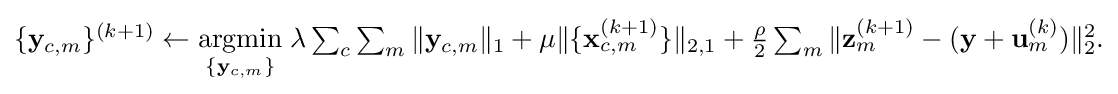
{\textstyle \{\mathbf {y} _{c,m}\}^{(k+1)}\gets {\underset {\{\mathbf {y} _{c,m}\}}{\text{argmin}}}\;\lambda \sum _{c}\sum _{m}\|\mathbf {y} _{c,m}\|_{1}+\mu \|\{\mathbf {x} _{c,m}^{(k+1)}\}\|_{2,1}+{\frac {\rho }{2}}\sum _{m}\|\mathbf {z} _{m}^{(k+1)}-(\mathbf {y} +\mathbf {u} _{m}^{(k)})\|_{2}^{2}.}